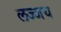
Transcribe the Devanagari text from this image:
लज्जय